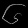
Digit: ၆